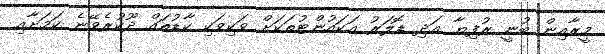
މީރާއިން ބުނީ ރުފިޔާ އަދި ޑޮލަރު އަކައުންޓުތަކަށް ވަކިވަކި ކާޑުތައް ދޫކުރެވޭނެ ކަމަށާއި